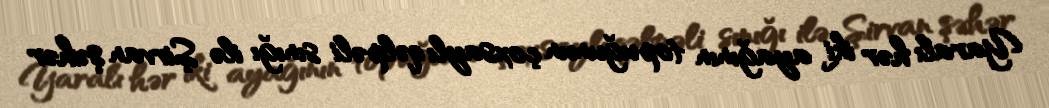
Yaralı hər iki ayağının topuğunun çoxsaylı qəlpəli sınığı ilə Şirvan şəhər